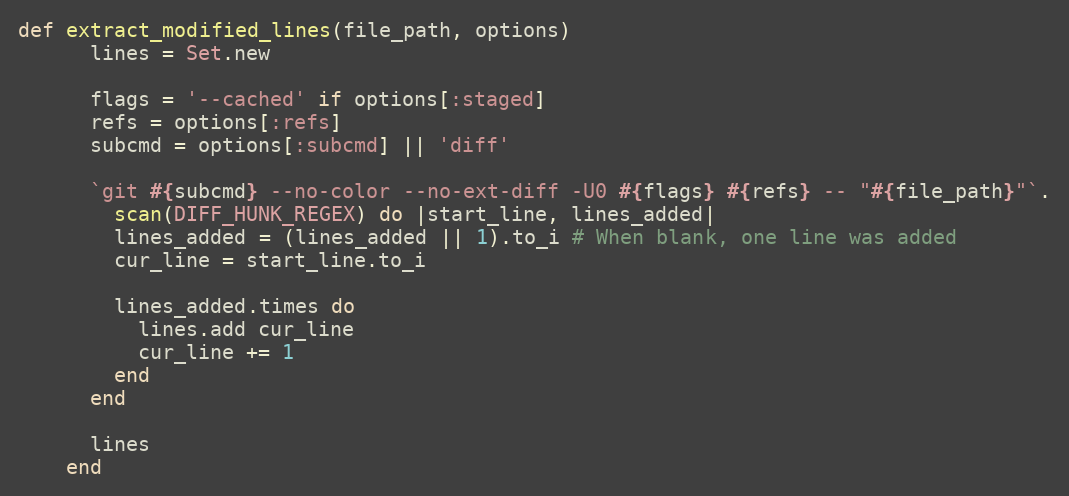
Language: Ruby
def extract_modified_lines(file_path, options)
      lines = Set.new

      flags = '--cached' if options[:staged]
      refs = options[:refs]
      subcmd = options[:subcmd] || 'diff'

      `git #{subcmd} --no-color --no-ext-diff -U0 #{flags} #{refs} -- "#{file_path}"`.
        scan(DIFF_HUNK_REGEX) do |start_line, lines_added|
        lines_added = (lines_added || 1).to_i # When blank, one line was added
        cur_line = start_line.to_i

        lines_added.times do
          lines.add cur_line
          cur_line += 1
        end
      end

      lines
    end